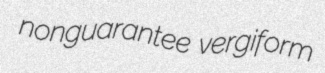
nonguarantee vergiform